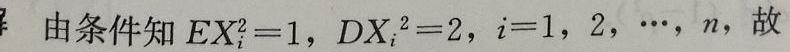
由条件知 $EX_{i}^{2}=1$, $DX_{i}^{2}=2$, $i = 1,2,\cdots,n$, 故